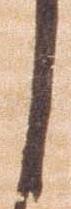
之